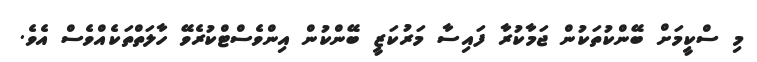
މި ސްކީމަށް ބޭންކުތަކުން ޖަމާކުރާ ފައިސާ މަރުކަޒީ ބޭންކުން އިންވެސްޓްކުރެވޭ ހާލަތްތަކެއްވެސް އެވެ.